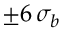
\pm 6 \, \sigma _ { b }